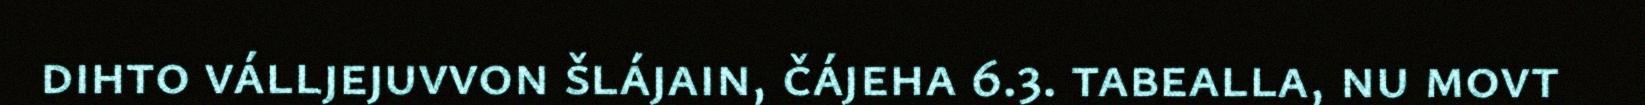
dihto válljejuvvon šlájain, čájeha 6.3. tabealla, nu movt